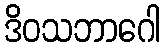
ဒိဝသဘာဂေါ